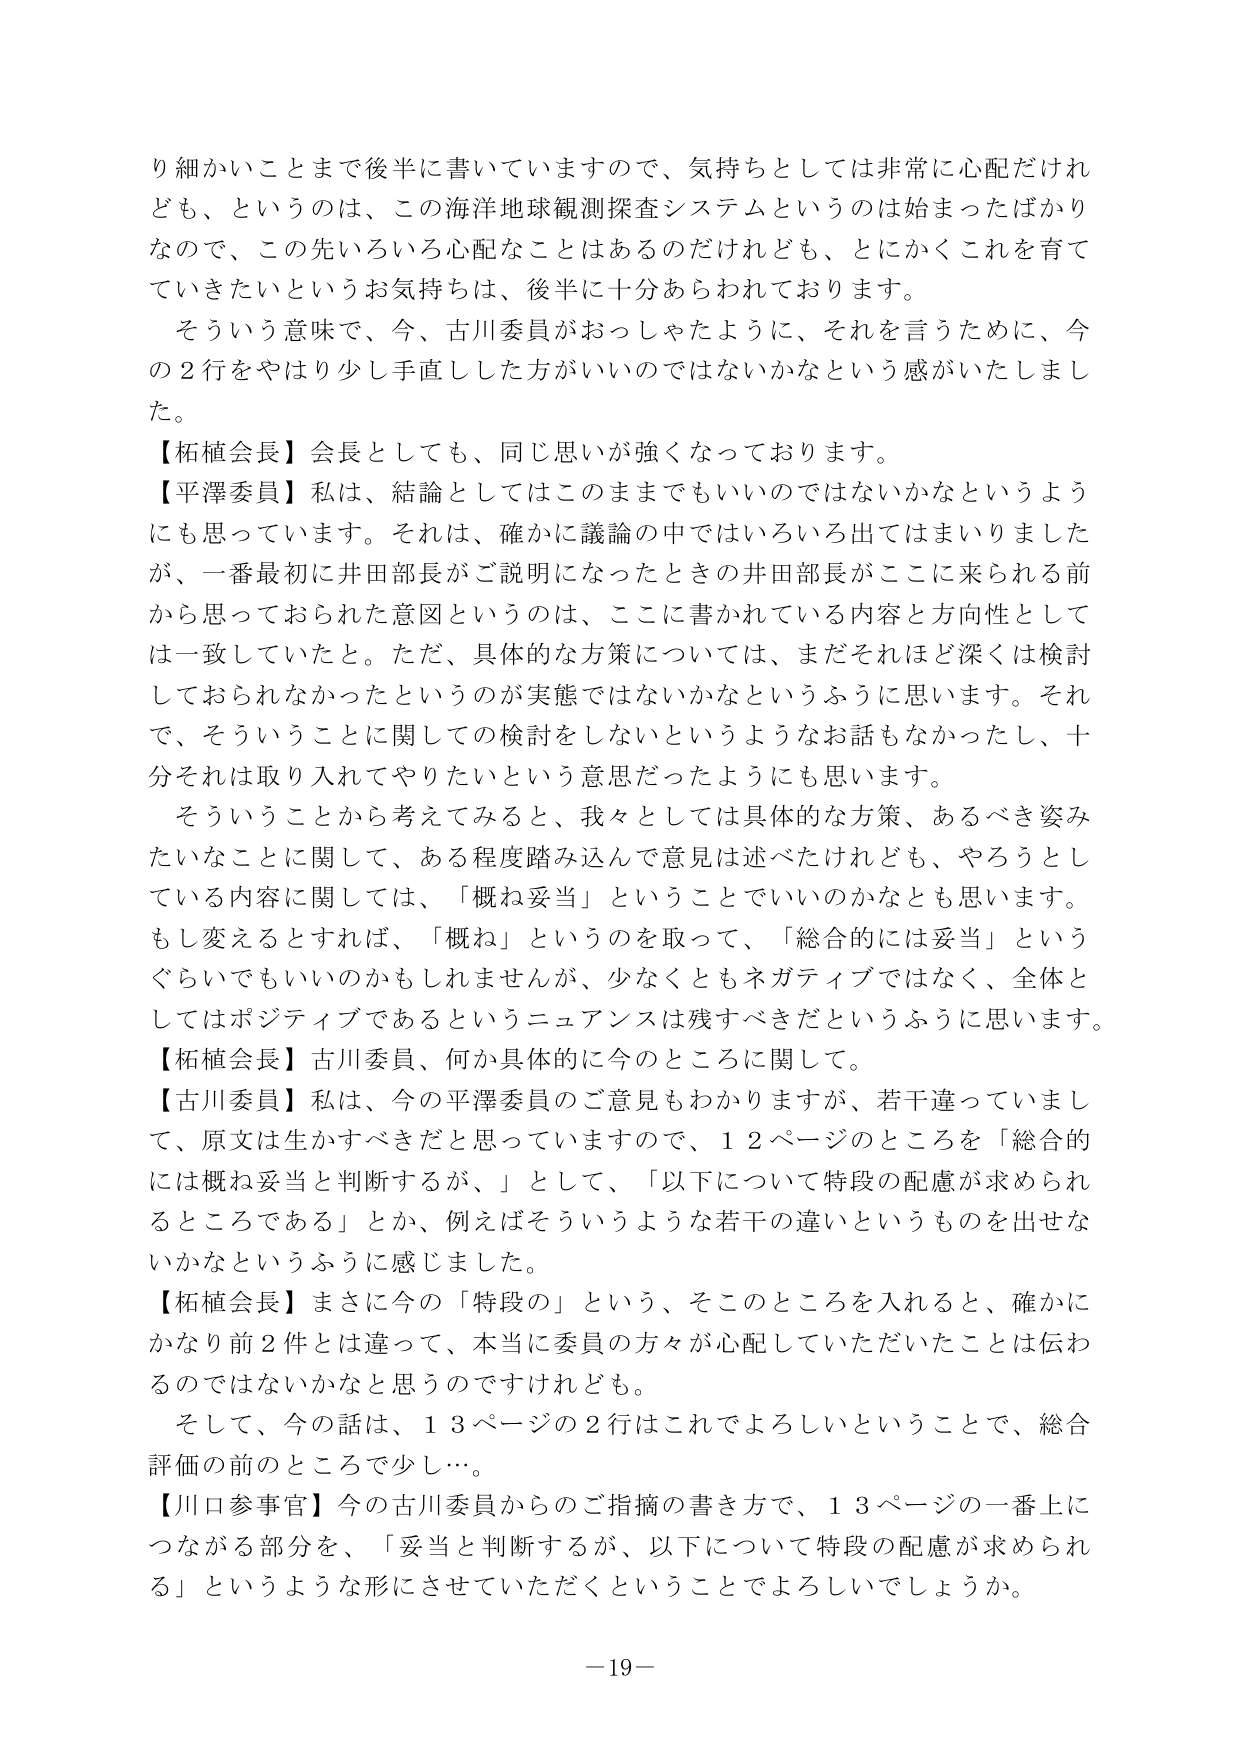
り細かいことまで後半に書いていますので、気持ちとしては非常に心配だけれども、というのは、この海洋地球観測探査システムというのは始まったばかりなので、この先いろいろ心配なことはあるのだけれども、とにかくこれを育てていきたいというお気持ちは、後半に十分あらわれております。

そういう意味で、今、古川委員がおっしゃたように、それを言うために、今の２行をやはり少し手直しした方がいいのではないかなという感がいたしました。

【柘植会長】会長としても、同じ思いが強くなっております。

【平澤委員】私は、結論としてはこのままでもいいのではないかなというようにも思っています。それは、確かに議論の中ではいろいろ出てはまいりましたが、一番最初に井田部長がご説明になったときの井田部長がここに来られる前から思っておられた意図というのは、ここに書かれている内容と方向性としては一致していたと。ただ、具体的な方策については、まだそれほど深くは検討しておられなかったというのが実態ではないかなというふうに思います。それで、そういうことに関しての検討をしないというようなお話もなかったし、十分それは取り入れてやりたいという意思だったようにも思います。

そういうことから考えてみると、我々としては具体的な方策、あるべき姿みたいなことに関しては、ある程度踏み込んで意見は述べたけれども、やろうとしている内容に関しては、「概ね妥当」ということでいいのかなとも思います。もし変えるとすれば、「概ね」というのを取って、「総合的には妥当」というぐらいでもいいのかもしれませんが、少なくともネガティブではなく、全体としてはポジティブであるというニュアンスは残すべきだというふうに思います。

【柘植会長】古川委員、何か具体的に今のところに関して。

【古川委員】私は、今の平澤委員のご意見もわかりますが、若干違っていました、原文は生かすべきだと思っていますので、１２ページのところを「総合的には概ね妥当と判断するが、」として、「以下について特段の配慮が求められるところである」とか、例えばそういうような若干の違いというものを出せないかなというふうに感じました。

【柘植会長】まさに今の「特段の」という、そこのところを入れると、確かにかなり前２件とは違って、本当に委員の方々が心配していただいたことは伝わるのではないかなと思うのですけれども。

そして、今の話は、１３ページの２行はこれでよろしいということで、総合評価の前のところで少し…。

【川口参事官】今の古川委員からのご指摘の書き方で、１３ページの一番上につながる部分を、「妥当と判断するが、以下について特段の配慮が求められる」というような形にさせていただくということでよろしいでしょうか。

－19－